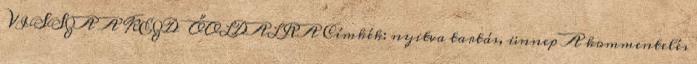
VISSZA A KEZDŐOLDALRA Címkék: nyitva tartás, ünnep A kommentelés